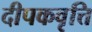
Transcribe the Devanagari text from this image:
दीपकवृत्ति